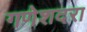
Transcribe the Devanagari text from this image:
गणेशदरा